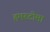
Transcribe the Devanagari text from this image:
हमरटोमा